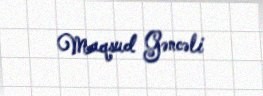
Maqsud Gəncəli